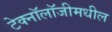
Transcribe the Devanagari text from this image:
टेक्नॉलॉजीमधील